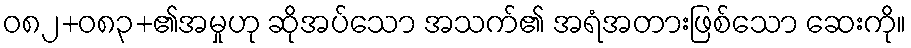
ဝ၈၂+၀၈၃+၏အမှုဟု ဆိုအပ်သော အသက်၏ အရံအတားဖြစ်သော ဆေးကို။